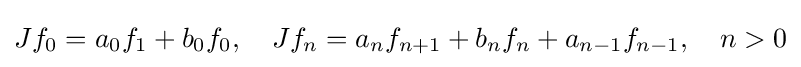
Jf_{0}=a_{0}f_{1}+b_{0}f_{0},\quad Jf_{n}=a_{n}f_{n+1}+b_{n}f_{n}+a_{n-1}f_{n-1},\quad n>0